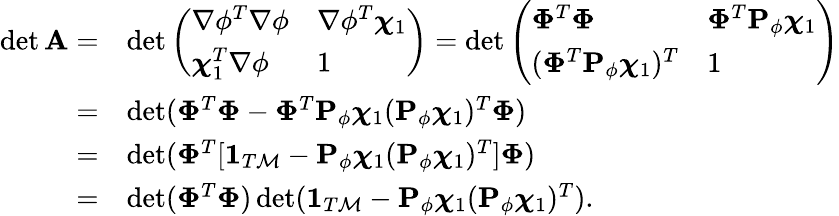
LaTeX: \begin{array}{rl}{\operatorname*{det}{\mathbf A}=}&{\operatorname*{det}\left(\begin{array}{ll}{\nabla\phi^{T}\nabla\phi}&{\nabla\phi^{T}\boldsymbol{\chi}_{1}}\\ {\boldsymbol{\chi}_{1}^{T}\nabla\phi}&{1}\end{array}\right)=\operatorname*{det}\left(\begin{array}{ll}{\boldsymbol{\Phi}^{T}\boldsymbol{\Phi}}&{\boldsymbol{\Phi}^{T}{\mathbf P}_{\phi}\boldsymbol{\chi}_{1}}\\ {(\boldsymbol{\Phi}^{T}{\mathbf P}_{\phi}\boldsymbol{\chi}_{1})^{T}}&{1}\end{array}\right)}\\ {=}&{\operatorname*{det}(\boldsymbol{\Phi}^{T}\boldsymbol{\Phi}-\boldsymbol{\Phi}^{T}{\mathbf P}_{\phi}\boldsymbol{\chi}_{1}({\mathbf P}_{\phi}\boldsymbol{\chi}_{1})^{T}\boldsymbol{\Phi})}\\ {=}&{\operatorname*{det}(\boldsymbol{\Phi}^{T}[\textbf{1}_{T\mathcal M}-{\mathbf P}_{\phi}\boldsymbol{\chi}_{1}({\mathbf P}_{\phi}\boldsymbol{\chi}_{1})^{T}]\boldsymbol{\Phi})}\\ {=}&{\operatorname*{det}(\boldsymbol{\Phi}^{T}\boldsymbol{\Phi})\operatorname*{det}(\textbf{1}_{T\mathcal M}-{\mathbf P}_{\phi}\boldsymbol{\chi}_{1}({\mathbf P}_{\phi}\boldsymbol{\chi}_{1})^{T}).}\end{array}